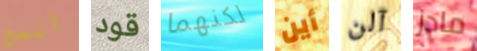
ألمح قود لكنهما أين آلن مادز